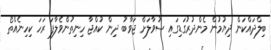
ބިލްދައްކަން ދިޔުމުން މެންދުރުގަޑިގައި ސުވާލަށް ޖަވާބު ދިން ކުއްޖާ ހިނިތުންވެލާފަ ރަހަ ކިހިނެއްތޯ